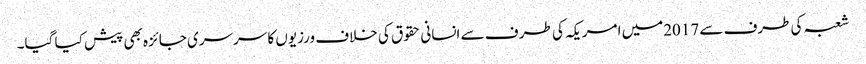
شعبہ کی طرف سے 2017میں امریکہ کی طر ف سے انسانی حقوق کی خلاف ورزیوں کا سرسری جائزہ بھی پیش کیا گیا۔